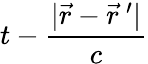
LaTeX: t-\frac{|\vec{r}-\vec{r}\: ^{\prime}|}{c}